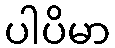
ပါပိမာ